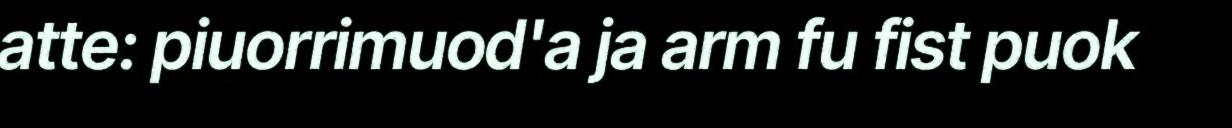
atte: piuorrimuod'a ja arm fu fist puok